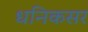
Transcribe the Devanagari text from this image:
धनिकसर